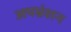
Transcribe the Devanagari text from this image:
अपभ्रंशन